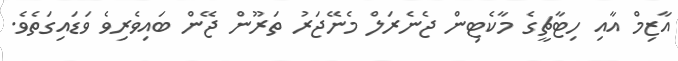
އާޒިމް އާއި ހިޓާޗީގެ މާކެޓިން ޖެނެރަލް މެނޭޖަރު ތަރޫން ޖޭން ބައިވެރިވެ ވަޑައިގަތެވެ.